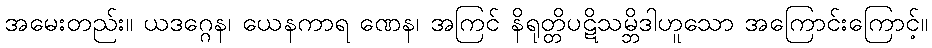
အမေးတည်း။ ယဒဂ္ဂေန၊ ယေနကာရ ဏေန၊ အကြင် နိရုတ္တိပဋိသမ္ဘိဒါဟူသော အကြောင်းကြောင့်။